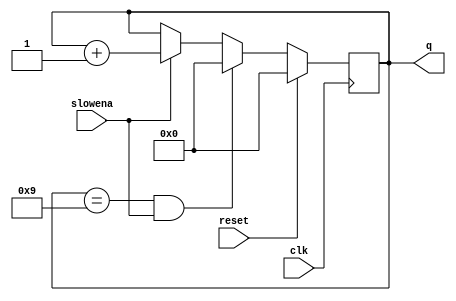
module top_module (
    input clk,
    input slowena,
    input reset,
    output [3:0] q);
    
    always @(posedge clk) begin
        if (reset)
            q <= 4'h0;
        else if ((q == 4'h9) & slowena)
            q <= 4'h0;
        else if (slowena)
            q <= q + 1'b1;
    end

endmodule